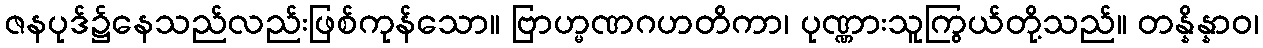
ဇနပုဒ်၌နေသည်လည်းဖြစ်ကုန်သော။ ဗြာဟ္မဏဂဟတိကာ၊ ပုဏ္ဏားသူကြွယ်တို့သည်။ တန္နိန္နာဝ၊